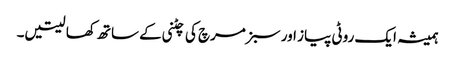
ہمیشہ ایک روٹی پیاز اور سبز مرچ کی چٹنی کے ساتھ کھا لیتیں۔